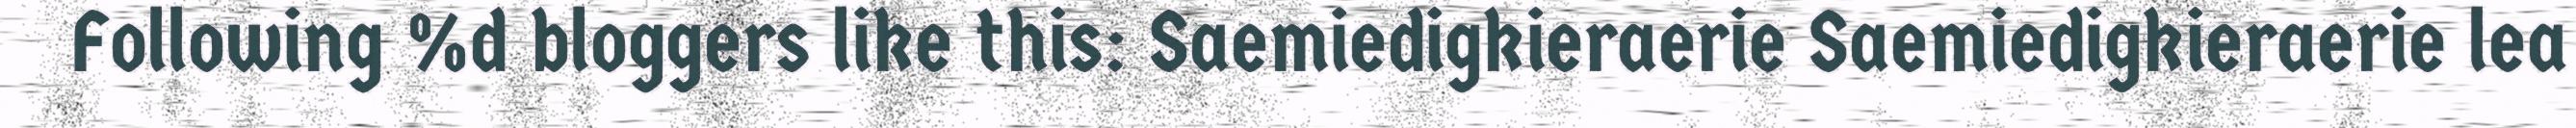
Following %d bloggers like this: Saemiedigkieraerie Saemiedigkieraerie lea